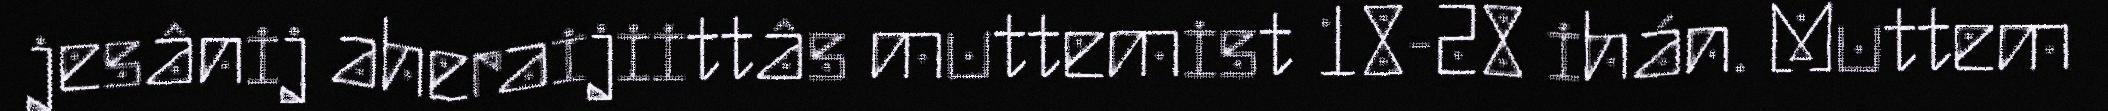
jesânij aheraijiittâs muttemist 18-28 ihán. Muttem